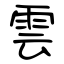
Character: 雲